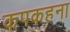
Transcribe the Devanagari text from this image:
कपकहना